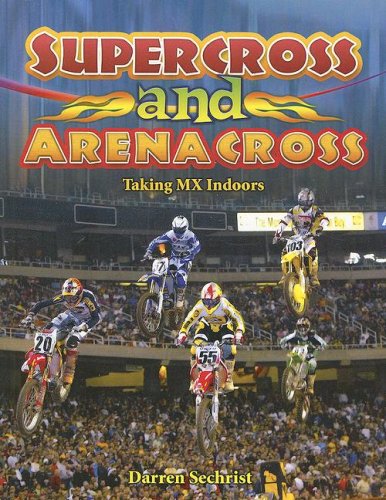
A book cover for Supercross and Arenacross: Taking Mx Indoors (Mxplosion!); Darren Sechrist; Children's Books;